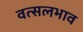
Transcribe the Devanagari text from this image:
वत्सलभाव